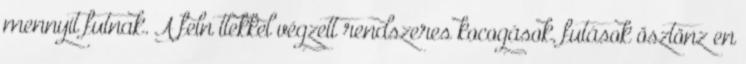
mennyit futnak. A felnıttekkel végzett rendszeres kocogások, futások ösztönzıen